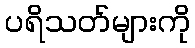
ပရိသတ်များကို